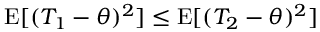
\operatorname { E } [ ( T _ { 1 } - \theta ) ^ { 2 } ] \leq \operatorname { E } [ ( T _ { 2 } - \theta ) ^ { 2 } ]